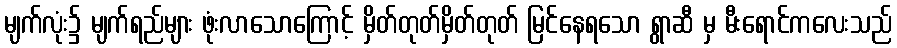
မျက်လုံး၌ မျက်ရည်များ ဖုံးလာသောကြောင့် မှိတ်တုတ်မှိတ်တုတ် မြင်နေရသော ရွာဆီ မှ မီးရောင်ကလေးသည်